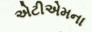
એટીએમના